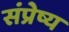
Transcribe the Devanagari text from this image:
संप्रेष्य